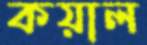
কয়াল